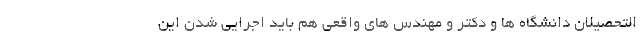
التحصیلان دانشگاه ها و دکتر و مهندس های واقعی هم باید اجرایی شدن این